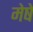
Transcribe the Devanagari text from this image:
मेषे